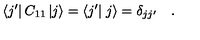
\left< j ^ { \prime } \right| C _ { 1 1 } \left| j \right> = \left< j ^ { \prime } \right| \left. j \right> = \delta _ { j j ^ { \prime } } \quad .